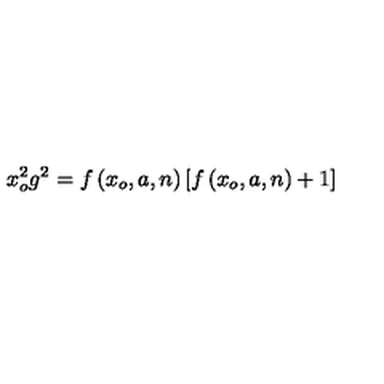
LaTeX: x _ { o } ^ { 2 } g ^ { 2 } = f \left( x _ { o } , a , n \right) \left[ f \left( x _ { o } , a , n \right) + 1 \right]